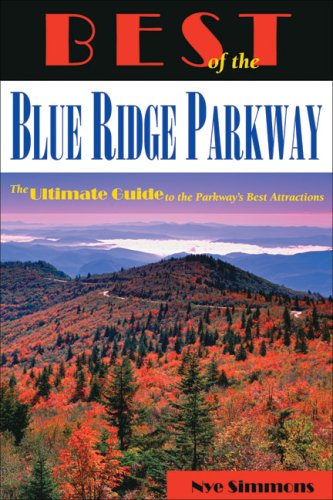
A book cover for Best of the Blue Ridge Parkway: The Ultimate Guide to the Parkway's Best Attractions; Nye Simmons; Travel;